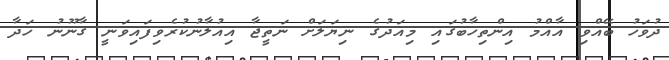
ދުވަހު ބޭއްވި އާއްމު އިންތިޚާބުގައި މިއަދުގެ ނިޔަލަށް ނަތީޖާ އިއުލާނުކުރެވިފައިވަނީ ގާނޫނު ހަދާ